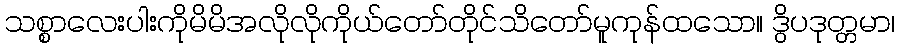
သစ္စာလေးပါးကိုမိမိအလိုလိုကိုယ်တော်တိုင်သိတော်မူကုန်ထသော။ ဒွိပဒုတ္တမာ၊